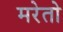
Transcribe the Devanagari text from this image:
मरेतो